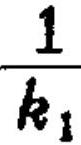
\(\frac{1}{k_{1}}\)